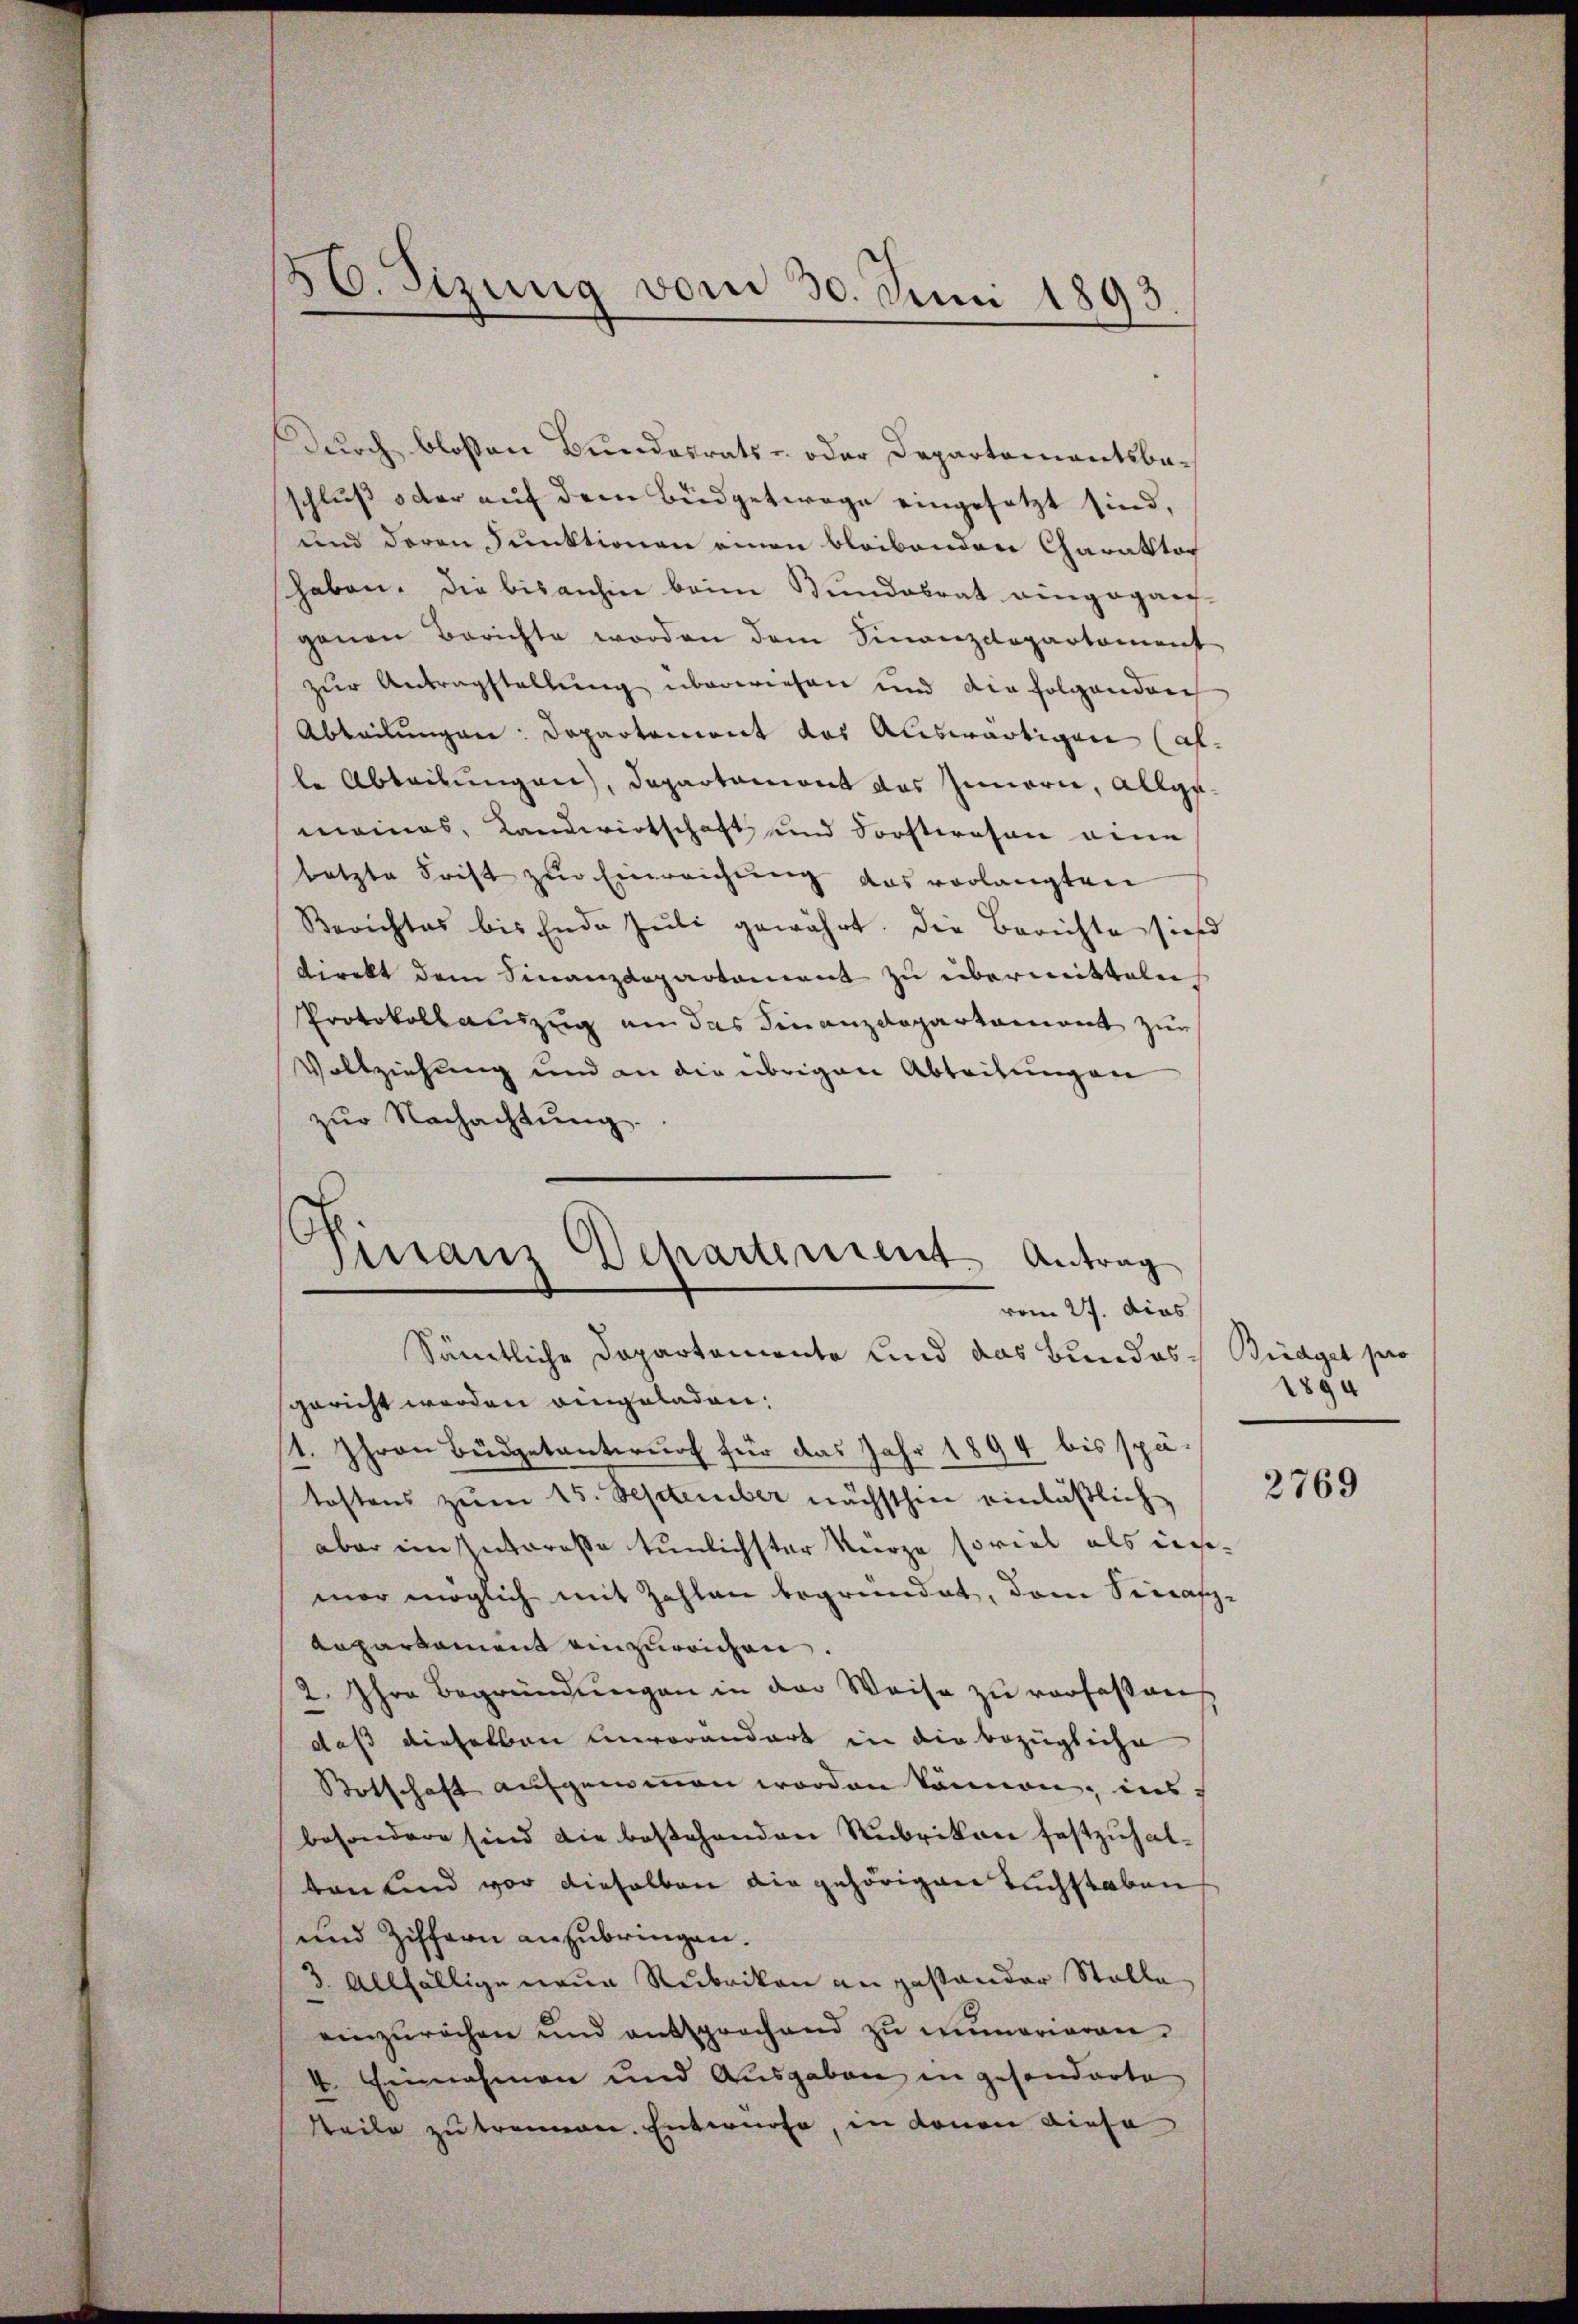
50. Sizung vom 30. Juni 1893

Durch bloßen Bundesratsr. oder Departamentsbeschluß oder auf dem Büdgetwege eingesetzt sind,
und deren Funktionen einen bleibenden Charaktor
haben. Die bisanhin beim Bundesrat eingegan
genen Berichte worden dem Finanzdepartement
zur Antragstellung überwiesen und die folgenden
Abteilungen: Departonient das Auswärtigen (af
le Abteilungen, Departamont das Innern, allgemainas, Landwirtschaft und Forsteresen eine
letzte Frist zur Einreichung das vorlangten
Berichtes bis Ende Juli gewährt. Die Berichte sie
direkt dem Finanzdepartament zu übermitteln
Protokollauszug an das Finanzdepartament zur
Vollziehung und an die übrigen Abteitungen
zŭr Nachachtung.
Sämtliche Departemente und das Bundesgericht werden eingeladen,
1. Ihren Büdgetantwurf für das Jahr 1894 bis spätostens zum 15. September nächsthin einläßlich
aber im Unteresse tunlichster Kurze soviel als ins
mar möglich mit Zahlen begründet, dem Sincap
Anpartament einzureichen.
2. Ihre Begründungen in der Weise zu verfassen
daß dieselben unvorandert in die bezügliche
Botschaft aufgenommen worden können, ins
besondere sind die bestehenden Rubrikon festzuhalton sind vor dieselben die gehörigen Tuchstaben
und Ziffern anzubringen.
3. Allfällige neue Rubrikon an gestander Stolle
einzŭrechen und entsprochend zŭ numerieren.
V. Einnahmen und Ausgaben in gesonderte
tteile zu trennen. Entwürfe, in Lonon diese

.
Finanz Departement. Antrag
vom 27. dies

Büdget pro
1894

2769